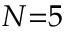
N { = } 5